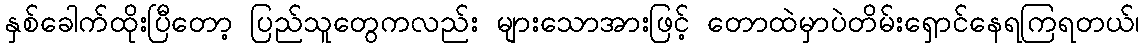
နှစ်ခေါက်ထိုးပြီတော့ ပြည်သူတွေကလည်း များသောအားဖြင့် တောထဲမှာပဲတိမ်းရှောင်နေရကြရတယ်၊